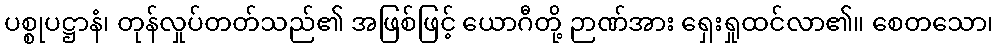
ပစ္စုပဋ္ဌာနံ၊ တုန်လှုပ်တတ်သည်၏ အဖြစ်ဖြင့် ယောဂီတို့ ဉာဏ်အား ရှေးရှုထင်လာ၏။ စေတသော၊